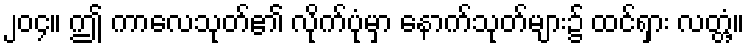
၂၀၄။ ဤ ကာလေသုတ်၏ လိုက်ပုံမှာ နောက်သုတ်များ၌ ထင်ရှား လတ္တံ့။